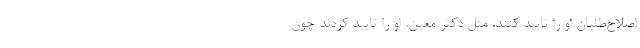
اصلاح‌طلبان او را تایید کنند. مثل دکتر معین. او را تایید کردند چون